Vaccination in Bombay 1863-1868 - 1863-1868
Year: 1863
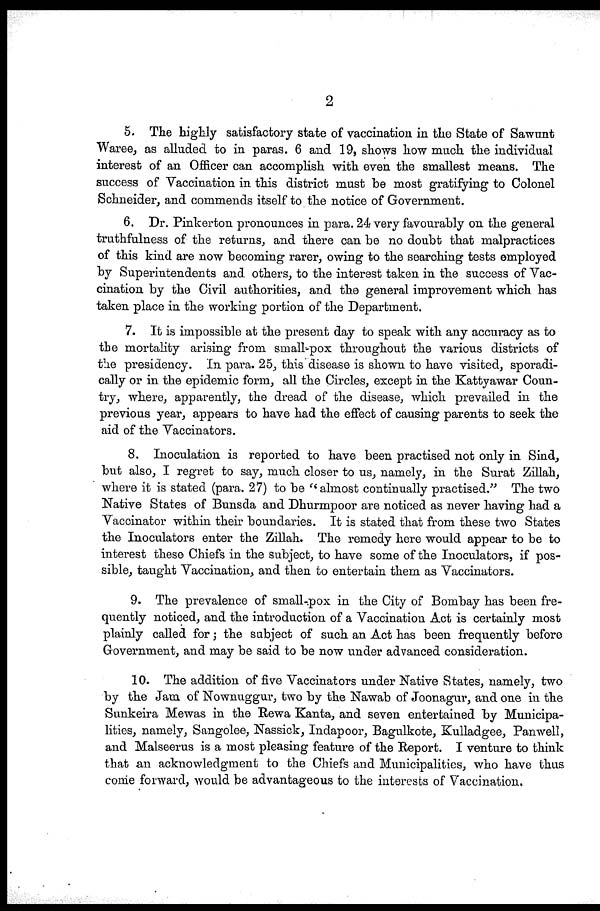
2
5. The highly satisfactory state of vaccination in the State of Sawunt
Waree, as alluded to in paras. 6 and 19, shows how much the individual
interest of an Officer can accomplish with even the smallest means. The
success of Vaccination in this district must be most gratifying to Colonel
Schneider, and commends itself to the notice of Government.
6. Dr. Pinkerton pronounces in para. 24 very favourably on the general
truthfulness of the returns, and there can be no doubt that malpractices
of this kind are now becoming rarer, owing to the searching tests employed
by Superintendents and others, to the interest taken in the success of Vac-
cination by the Civil authorities, and the general improvement which has
taken place in the working portion of the Department.
7. It is impossible at the present day to speak with any accuracy as to
the mortality arising from small-pox throughout the various districts of
the presidency. In para. 25, this disease is shown to have visited, sporadi-
cally or in the epidemic form, all the Circles, except in the Kattyawar Coun-
try, where, apparently, the dread of the disease, which prevailed in the
previous year, appears to have had the effect of causing parents to seek the
aid of the Vaccinators.
8. Inoculation is reported to have been practised not only in Sind,
but also, I regret to say, much closer to us, namely, in the Surat Zillah,
where it is stated (para. 27) to be "almost continually practised." The two
Native States of Bunsda and Dhurmpoor are noticed as never having had a
Vaccinator within their boundaries. It is stated that from these two States
the Inoculators enter the Zillah. The remedy here would appear to be to
interest these Chiefs in the subject, to have some of the Inoculators, if pos-
sible, taught Vaccination, and then to entertain them as Vaccinators.
9. The prevalence of small-pox in the City of Bombay has been fre-
quently noticed, and the introduction of a Vaccination Act is certainly most
plainly called for; the subject of such an Act has been frequently before
Government, and may be said to be now under advanced consideration.
10. The addition of five Vaccinators under Native States, namely, two
by the Jam of Nownuggur, two by the Nawab of Joonagur, and one in the
Sunkeira Mewas in the Rewa Kanta, and seven entertained by Municipa-
lities, namely, Sangolee, Nassick, Indapoor, Bagulkote, Kulladgee, Panwell,
and Malseerus is a most pleasing feature of the Report. I venture to think
that an acknowledgment to the Chiefs and Municipalities, who have thus
come forward, would be advantageous to the interests of Vaccination.